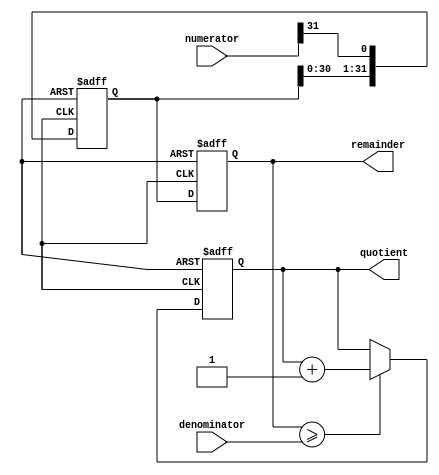
module ShiftAndSubtractDivider (
    input wire [31:0] numerator,
    input wire [31:0] denominator,
    output reg [31:0] quotient,
    output reg [31:0] remainder
);

reg [31:0] shift_reg;
reg [31:0] temp_remainder;

always @ (posedge clk or negedge rst) begin
    if (!rst) begin
        shift_reg <= 0;
        quotient <= 0;
        temp_remainder <= 0;
    end
    else begin
        if (temp_remainder >= denominator) begin
            temp_remainder <= temp_remainder - denominator;
            quotient <= quotient + 1;
        end
        shift_reg <= {shift_reg[30:0], numerator[31]};
        temp_remainder <= shift_reg;
    end
end

assign remainder = temp_remainder;

endmodule